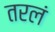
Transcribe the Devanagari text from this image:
तरलं